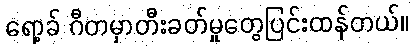
ရော့ခ် ဂီတမှာတီးခတ်မှုတွေပြင်းထန်တယ်။